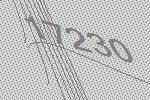
17230